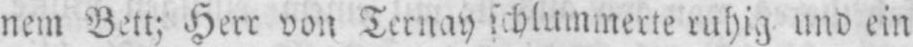
nem Bett; Herr von Ternay schlummerte ruhig und ein